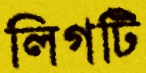
লিগটি